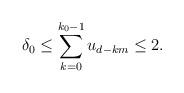
LaTeX: \begin{align*} \delta_0\le \sum_{k=0}^{k_0-1}u_{d-km}\le 2.\end{align*}